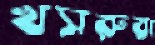
খসরুরা